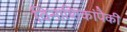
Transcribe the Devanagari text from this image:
विनाशिकांपैकी